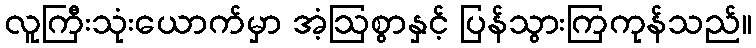
လူကြီးသုံးယောက်မှာ အံ့ဩစွာနှင့် ပြန်သွားကြကုန်သည်။